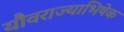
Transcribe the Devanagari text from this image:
यौवराज्याभिषेक